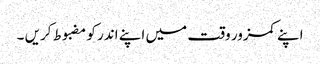
اپنے کمزور وقت میں اپنے اندر کو مضبوط کریں ۔